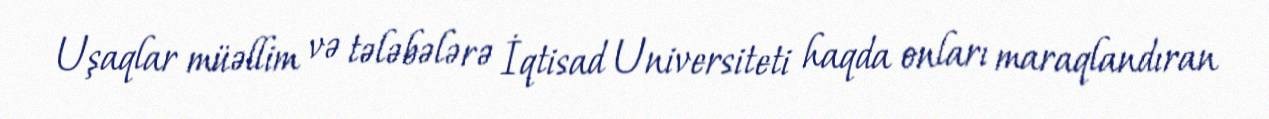
Uşaqlar müəllim və tələbələrə İqtisad Universiteti haqda onları maraqlandıran